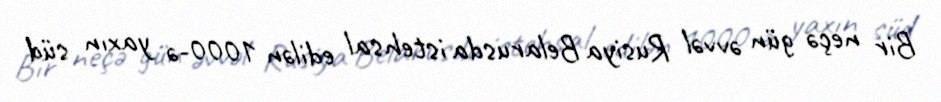
Bir neçə gün əvvəl Rusiya Belarusda istehsal edilən 1000-ə yaxın süd